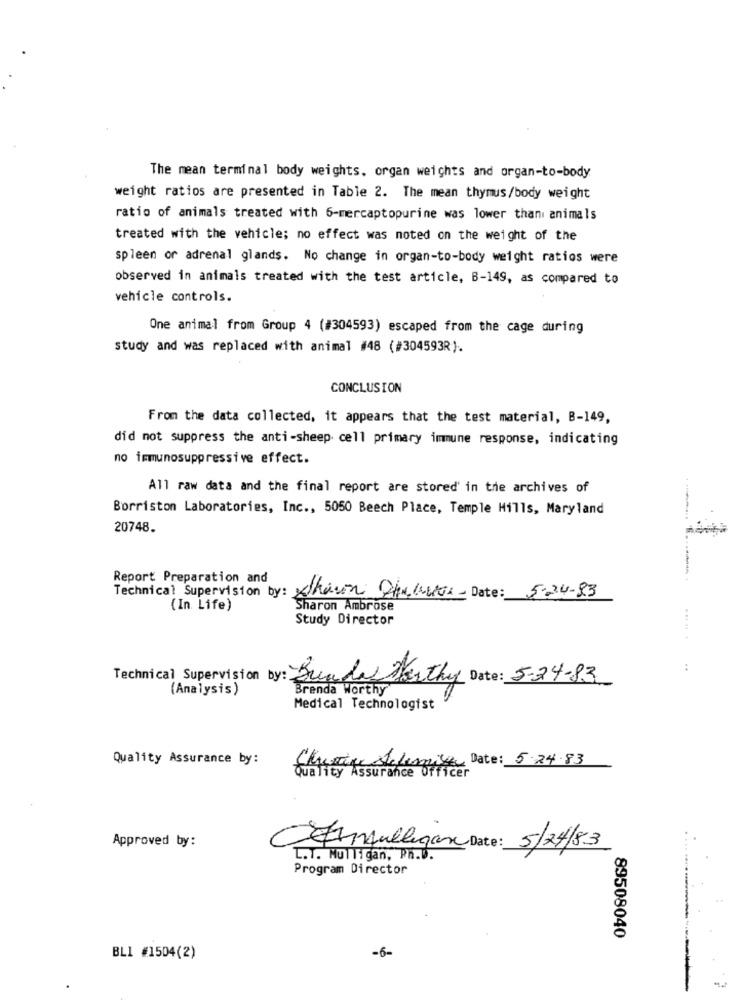
The mean terminal body weights. organ weights and organ-to-body
weight ratios are presented in Table 2. The mean thymus/body weight
ratio of animals treated with 6-mercaptopurine was lower thani animals
treated with the vehicle; no effect was noted on the weight of the
spleen or adrenal glands. No change in organ-to-body weight ratios were
observed in animals treated with the test article, B-149, as compared to
vehicle controls.
One animal from Group 4 (#304593) escaped from the cage during
study and was replaced with animal #48 (#304593R).
CONCLUSION
From the data collected, it appears that the test material, B-149,
did not suppress the anti-sheep cell primary immune response, indicating
no immunosuppressive effect.
All raw data and the final report are stored in the archives of
Borriston Laboratories, Inc ., 5050 Beech Place, Temple Hills, Maryland
20748.
Report Preparation and
Technical Supervision by:
Sharon Sprawa Date: 5-24-83
(In. Life)
Sharon Ambrose
Study Director
... .. .
Technical Supervision by: Bundes Horthy Date: 5-24-83
(Analysis)
Brenda Worthy
Medical Technologist
Quality Assurance by:
Choice stufemica Date: 5.24.83
Quality Assurance Officer
Approved by:
mulligan Date: 5/24/83
L.T. MUTTi gan, PR.U.
Program Director
89508040
BLI #1504(2)
-6-